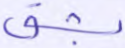
بشق